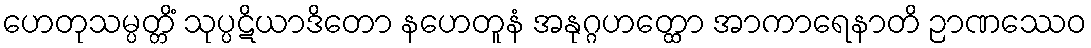
ဟေတုသမ္ပတ္တိံ သုပ္ပဋိယာဒိတော နဟေတူနံ အနုဂ္ဂဟတ္ထော အာကာရေနာတိ ဉာဏဿေဝ